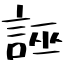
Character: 誣